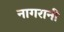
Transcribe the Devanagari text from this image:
नागरानी